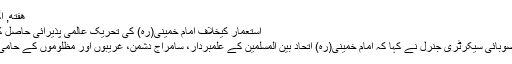
هفته, اگست 16, 2014 11:16
استعمار کیخلاف امام خمینی(رہ) کی تحریک عالمی پذیرائی حاصل کرچکی ہے، علامہ ڈومکی
ایم ڈبلیو ایم بلوچستان کے صوبائی سیکرٹری جنرل نے کہا کہ امام خمینی(رہ) اتحاد بین المسلمین کے علمبردار، سامراج دشمن، غریبوں اور مظلوموں کے حامی عظیم انقلابی رہنماء تهے۔